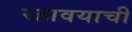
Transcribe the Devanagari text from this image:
रहावयाची